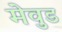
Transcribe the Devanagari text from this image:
मेवुड